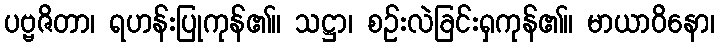
ပဗ္ဗဇိတာ၊ ရဟန်းပြုကုန်၏။ သဋ္ဌာ၊ စဉ်းလဲခြင်းရှကုန်၏။ မာယာဝိနော၊